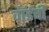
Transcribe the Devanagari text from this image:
वॉर्डची